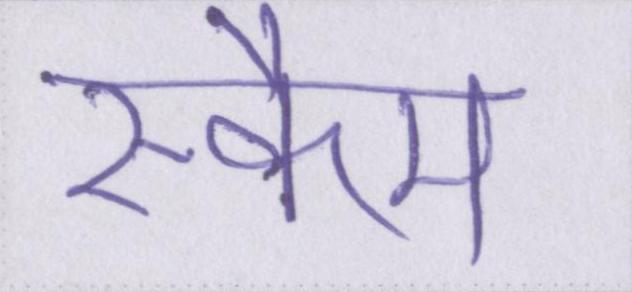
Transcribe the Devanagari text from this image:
स्कैम